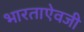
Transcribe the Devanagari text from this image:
भारताऐवजी